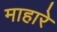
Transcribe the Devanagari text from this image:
माहारे